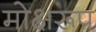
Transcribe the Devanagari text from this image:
मोक्षरूप